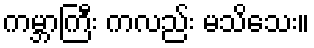
ကမ္ဘာကြီး ကလည်း မသိသေး။